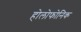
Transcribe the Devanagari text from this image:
होलोफोनिक